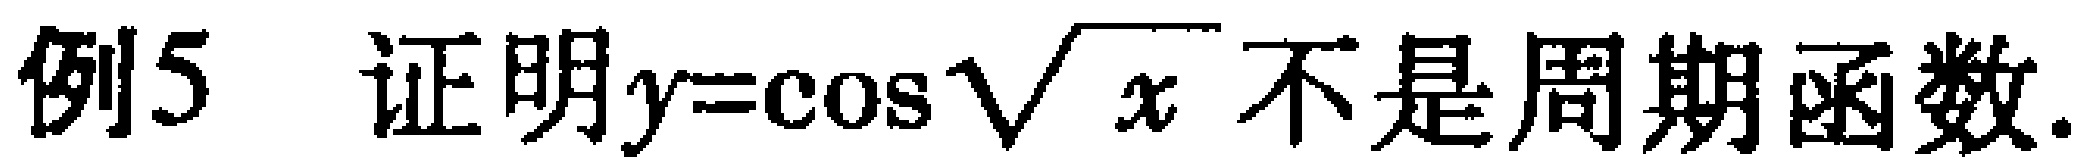
例5 证明\(y = \cos\sqrt{\sqrt{x}}\)不是周期函数.